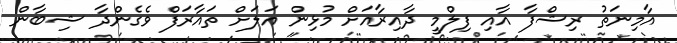
އާމިނަތު ރިޝްފާ އާއި ފިލްމީ ދާއިރާއަށް މުޅިން އަލަށް ތައާރަފް ވެގެންދާ ޝިބާން